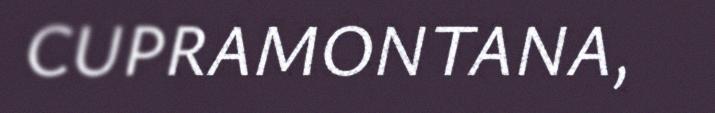
CUPRAMONTANA,